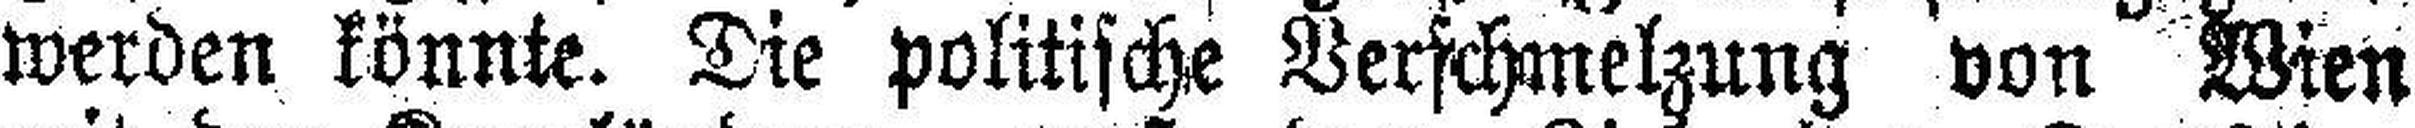
werden könnte. Die politische Verschmelzung von Wien